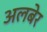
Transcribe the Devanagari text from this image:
अलबेर